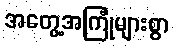
အတွေ့အကြုံများစွာ